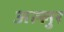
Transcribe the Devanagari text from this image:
अल्लुर